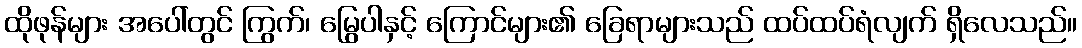
ထိုဖုန်များ အပေါ်တွင် ကြွက်၊ မြွေပါနှင့် ကြောင်များ၏ ခြေရာများသည် ထပ်ထပ်ရံလျက် ရှိလေသည်။